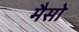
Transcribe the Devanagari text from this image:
मैसो